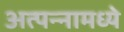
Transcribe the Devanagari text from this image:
अत्‍पन्‍नामध्‍ये